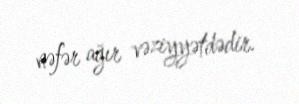
nəfər ağır vəziyyətdədir.